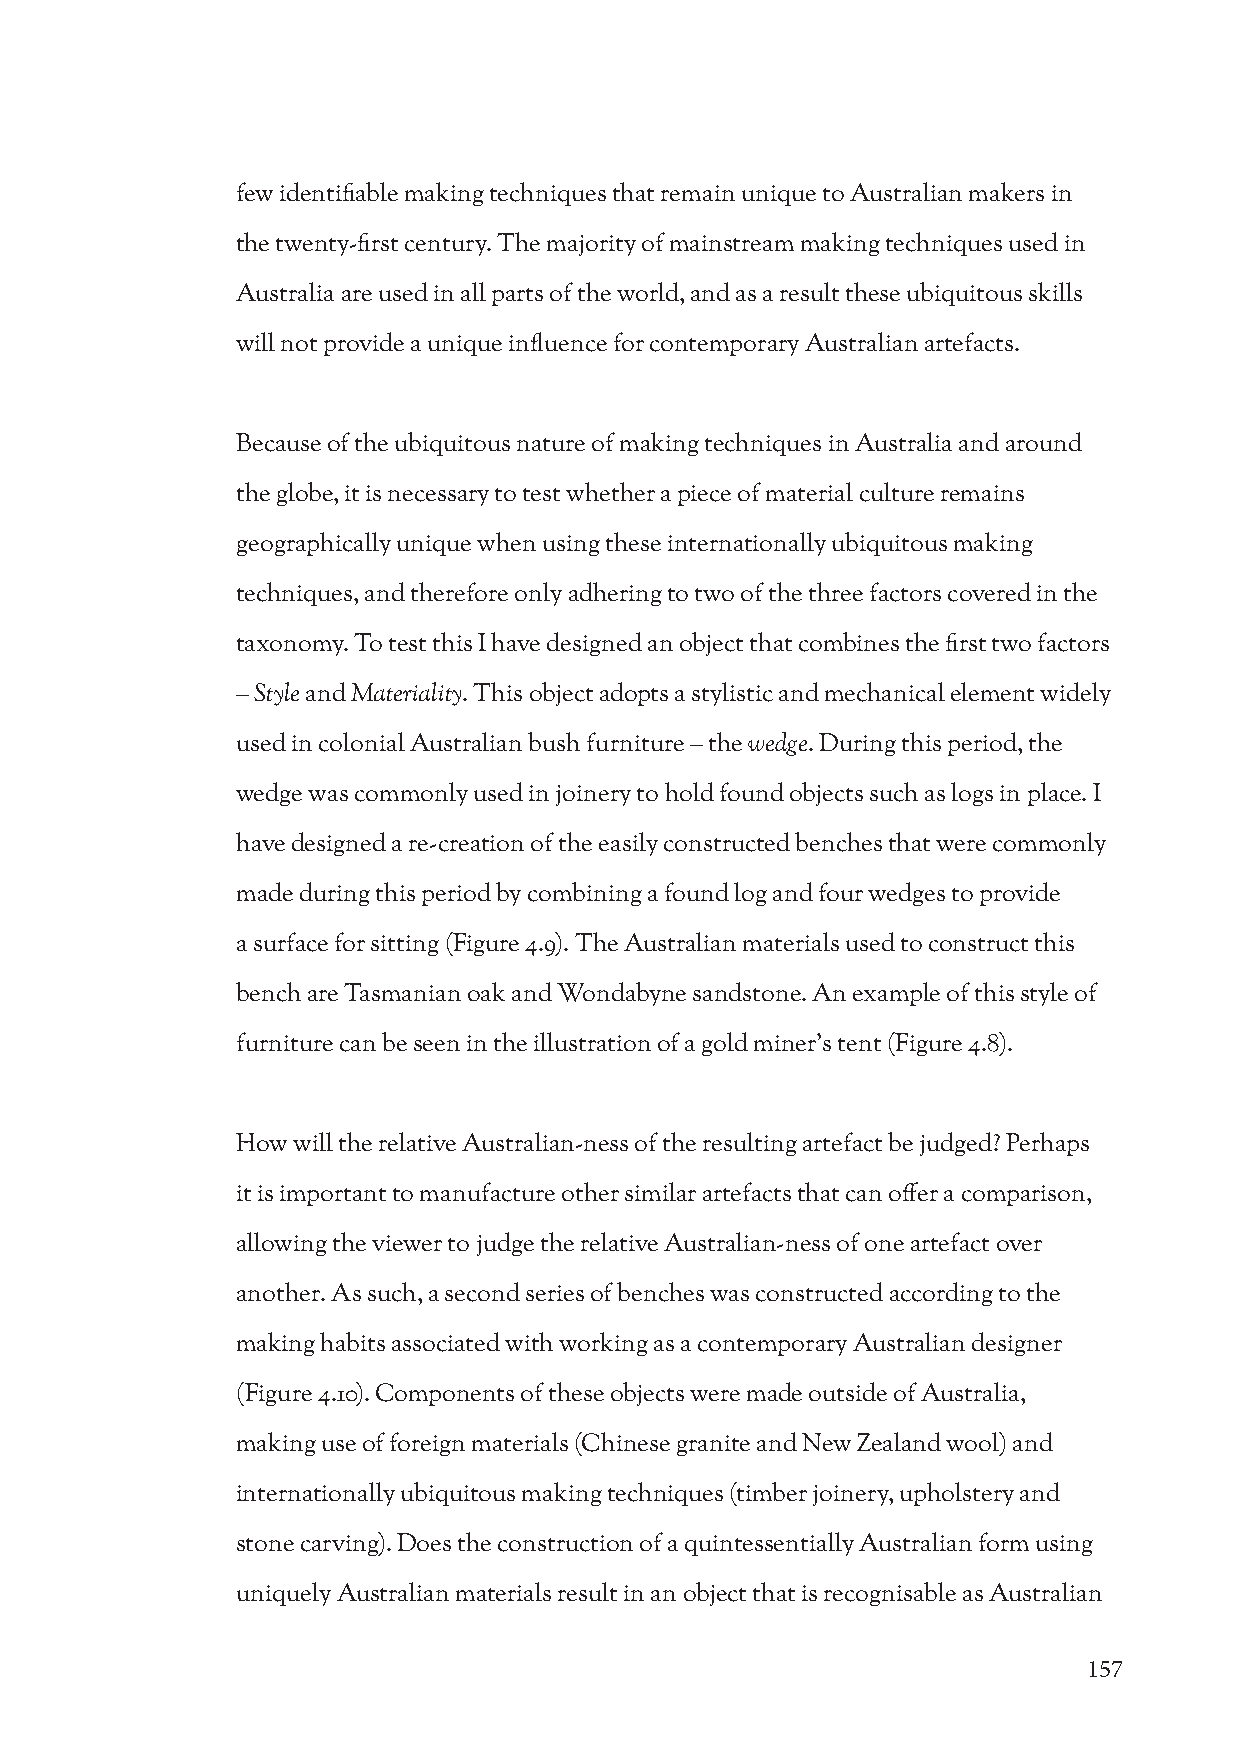
few identifiable making techniques that remain unique to Australian makers in
 the twenty-first century. The majority of mainstream making techniques used in
 Australia are used in all parts of the world, and as a result these ubiquitous skills
 will not provide a unique influence for contemporary Australian artefacts.
 Because of the ubiquitous nature of making techniques in Australia and around
 the globe, it is necessary to test whether a piece of material culture remains
 geographically unique when using these internationally ubiquitous making
 techniques, and therefore only adhering to two of the three factors covered in the
 taxonomy. To test this I have designed an object that combines the first two factors
 – Style and Materiality. This object adopts a stylistic and mechanical element widely
 used in colonial Australian bush furniture – the wedge. During this period, the
 wedge was commonly used in joinery to hold found objects such as logs in place. I
 have designed a re-creation of the easily constructed benches that were commonly
 made during this period by combining a found log and four wedges to provide
 a surface for sitting (Figure 4.9). The Australian materials used to construct this
 bench are Tasmanian oak and Wondabyne sandstone. An example of this style of
 furniture can be seen in the illustration of a gold miner’s tent (Figure 4.8).
 How will the relative Australian-ness of the resulting artefact be judged? Perhaps
 it is important to manufacture other similar artefacts that can offer a comparison,
 allowing the viewer to judge the relative Australian-ness of one artefact over
 another. As such, a second series of benches was constructed according to the
 making habits associated with working as a contemporary Australian designer
 (Figure 4.10). Components of these objects were made outside of Australia,
 making use of foreign materials (Chinese granite and New Zealand wool) and
 internationally ubiquitous making techniques (timber joinery, upholstery and
 stone carving). Does the construction of a quintessentially Australian form using
 uniquely Australian materials result in an object that is recognisable as Australian
 157